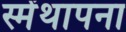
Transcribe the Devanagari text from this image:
स्मेंथापना